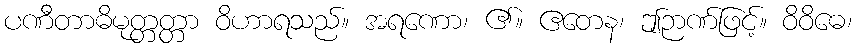
ပဏီတာဓိမုတ္တတ္တာ ဝိဟာရသည်။ အရဏော၊ ၏။ ဧတေန၊ ဤဉာဏ်ဖြင့်။ ဝိဝိဓေ၊